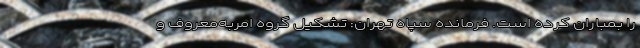
را بمباران کرده است. فرمانده سپاه تهران: تشکیل گروه امربه‌معروف و